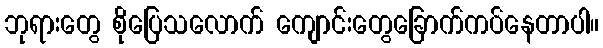
ဘုရားတွေ စိုပြေသလောက် ကျောင်းတွေခြောက်ကပ်နေတာပါ။